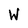
Character: W